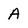
Character: A